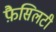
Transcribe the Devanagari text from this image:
फ़ैसिलटी